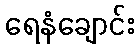
ရေနံချောင်း